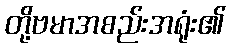
တို့ဗမာအစည်းအရုံး၏